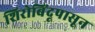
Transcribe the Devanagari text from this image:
शिरोबिंदूपासून